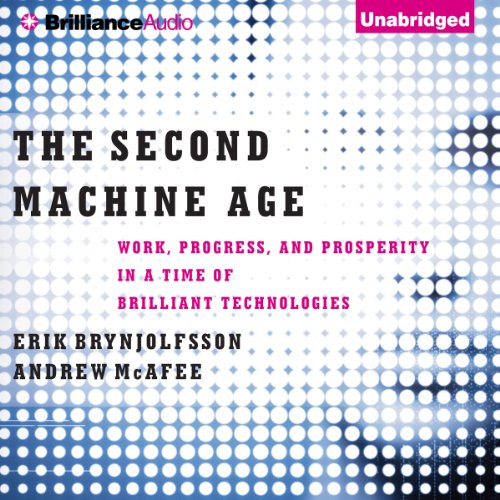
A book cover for The Second Machine Age: Work, Progress, and Prosperity in a Time of Brilliant Technologies; Erik Brynjolfsson; Computers & Technology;